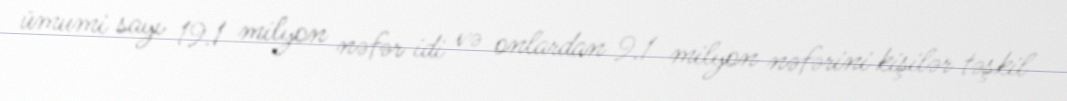
ümumi sayı 19.1 milyon nəfər idi və onlardan 9.1 milyon nəfərini kişilər təşkil